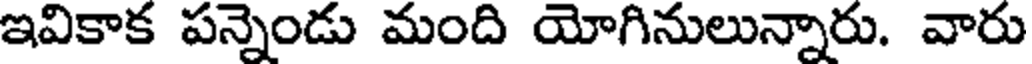
ఇవికాక పన్నెండు మంది యోగినులున్నారు. వారు